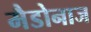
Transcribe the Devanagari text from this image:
मैडोनाज